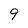
Character: 9